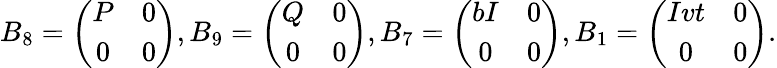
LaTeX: B_{8}=\left(\begin{array}{cc}{{P}}&{{0}}\\ {{0}}&{{0}}\end{array}\right),B_{9}=\left(\begin{array}{cc}{{Q}}&{{0}}\\ {{0}}&{{0}}\end{array}\right),B_{7}=\left(\begin{array}{cc}{{bI}}&{{0}}\\ {{0}}&{{0}}\end{array}\right),B_{1}=\left(\begin{array}{cc}{{Ivt}}&{{0}}\\ {{0}}&{{0}}\end{array}\right).